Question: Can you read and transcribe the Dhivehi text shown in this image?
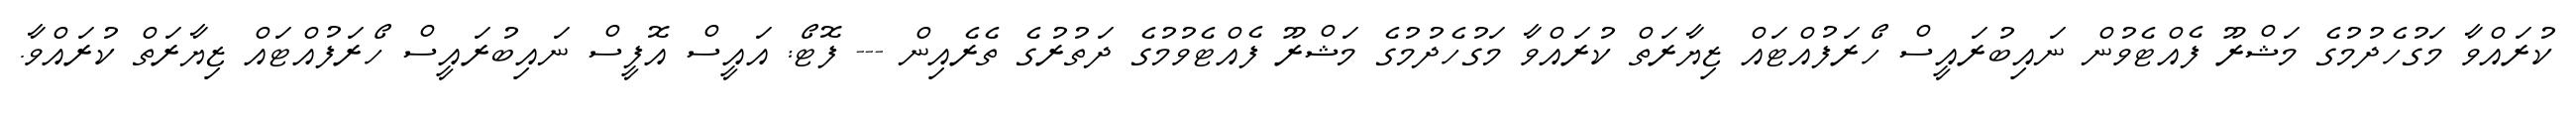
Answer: ކުރައްވާ މަގުހެދުމުގެ މަޝްރޫ ފެއްޓެވުން ނައިބުރައީސް ހޯރަފުއްޓައް ޒިޔާރަތް ކުރައްވާ މަގުހެދުމުގެ މަޝްރޫ ފެއްޓެވުމުގެ ދަތުރުގެ ތެރެއިން --- ފޮޓޯ: އައީސް އޮފީސް ނައިބުރައީސް ހޯރަފުއްޓައް ޒިޔާރަތް ކުރައްވާ.